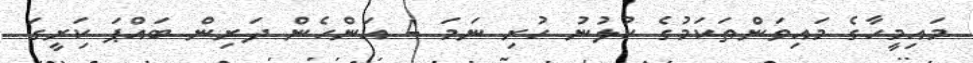
މައިމީހާގެ މައިވަންތަކަމުގެ ކުލުނު ހުރި ނަމަ 4 އަންހެން ދަރިން ބައްޕަ ކަިރީގަ